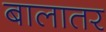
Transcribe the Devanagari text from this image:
बालातर